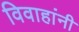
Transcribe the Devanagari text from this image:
विवाहांनी